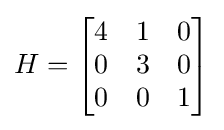
H={\begin{bmatrix}4&1&0\\0&3&0\\0&0&1\end{bmatrix}}